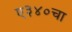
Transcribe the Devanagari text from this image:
ए३४०चा